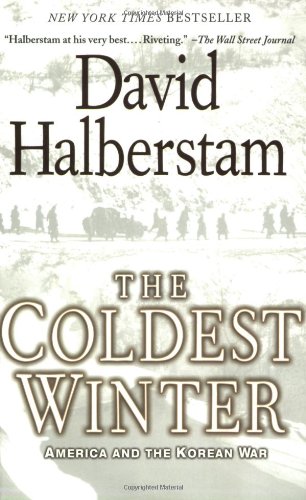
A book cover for The Coldest Winter: America and the Korean War; David Halberstam; History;